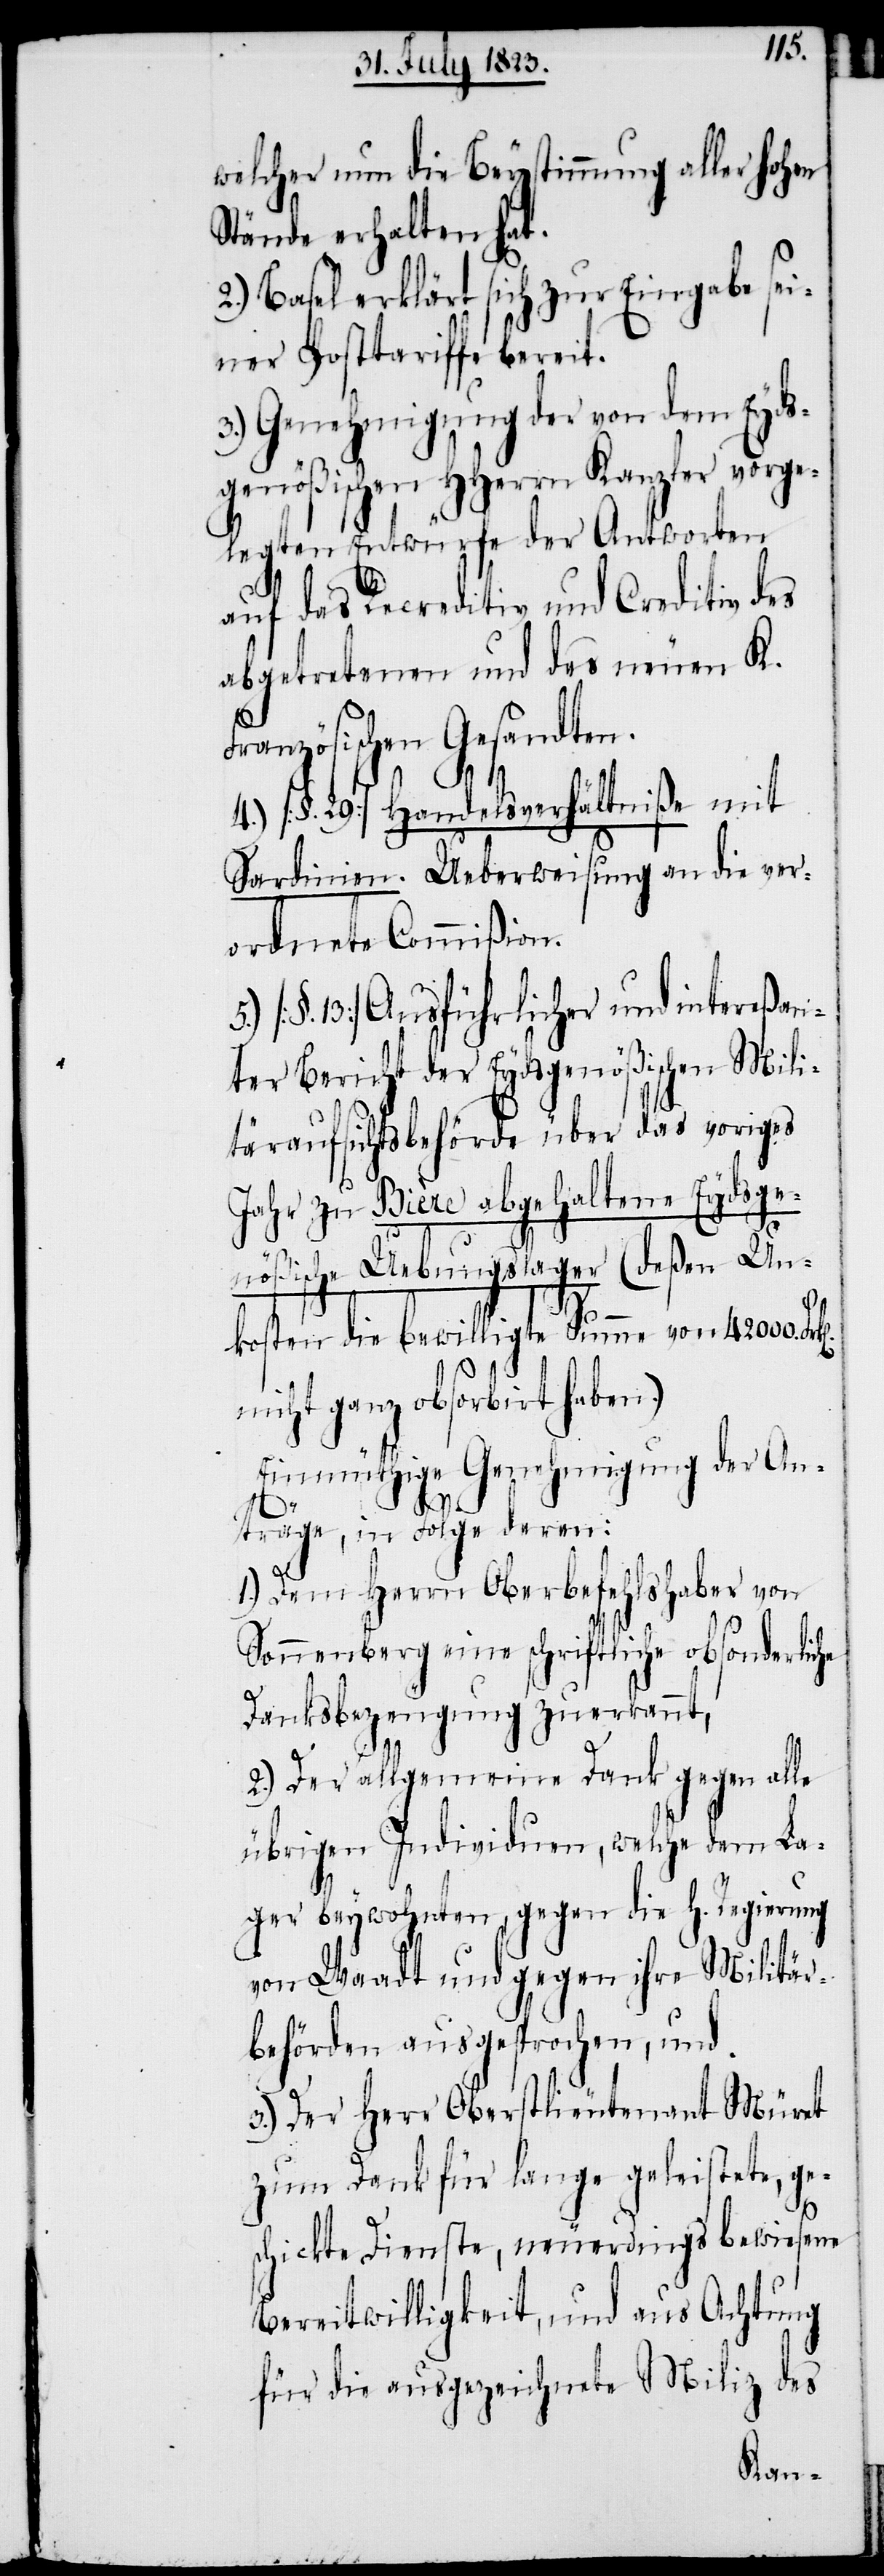
welcher nun die Beystimmung aller hohen
Stände erhalten hat.
2.) Basel erklärt sich zur Eingabe sei¬
ner Posttariffe bereit.
3.) Genehmigung der von dem Eyds¬
genößischen HHerrn Kanzler vorge¬
legten Entwürfe der Antworten
auf das Recreditiv und Creditiv des
abgetretenen und des neuen K.
Französischen Gesandten.
4.) [§. 29] Handelsverhältniße mit
Sardinien. Ueberweisung an die ver¬
ordnete Commißion.
5.) [§. 13] Ausführlicher und intereßan¬
ter Bericht der Eydsgenößischen Mili¬
täraufsichtsbehörde über das voriges
Jahr zu Bière abgehaltene Eydsge¬
nößische Uebungslager (deßen Un¬
kosten die bewilligte Summe von 42000.
nicht ganz absorbirt haben.)
Einmüthige Genehmigung der An¬
träge, in Folge deren:
1.) Dem Herrn Oberbefehlshaber von
Sonnenberg eine schriftliche obsonderliche
Danksbezeugung zuerkannt,
2.) Der allgemeine Dank gegen alle
übrigen Individuen, welche dem La¬
ger beywohnten, gegen die H. Regierung
von Waadt und gegen ihre Militär¬
behörden ausgesprochen, und
3.) Der Herr Oberstlieutenant Müret
zum Dank für lange geleistete, ge¬
schickte Dienste, neuerdings bewiesene
Bereitwilligkeit, und aus Achtung
für die ausgezeichnete Miliz des